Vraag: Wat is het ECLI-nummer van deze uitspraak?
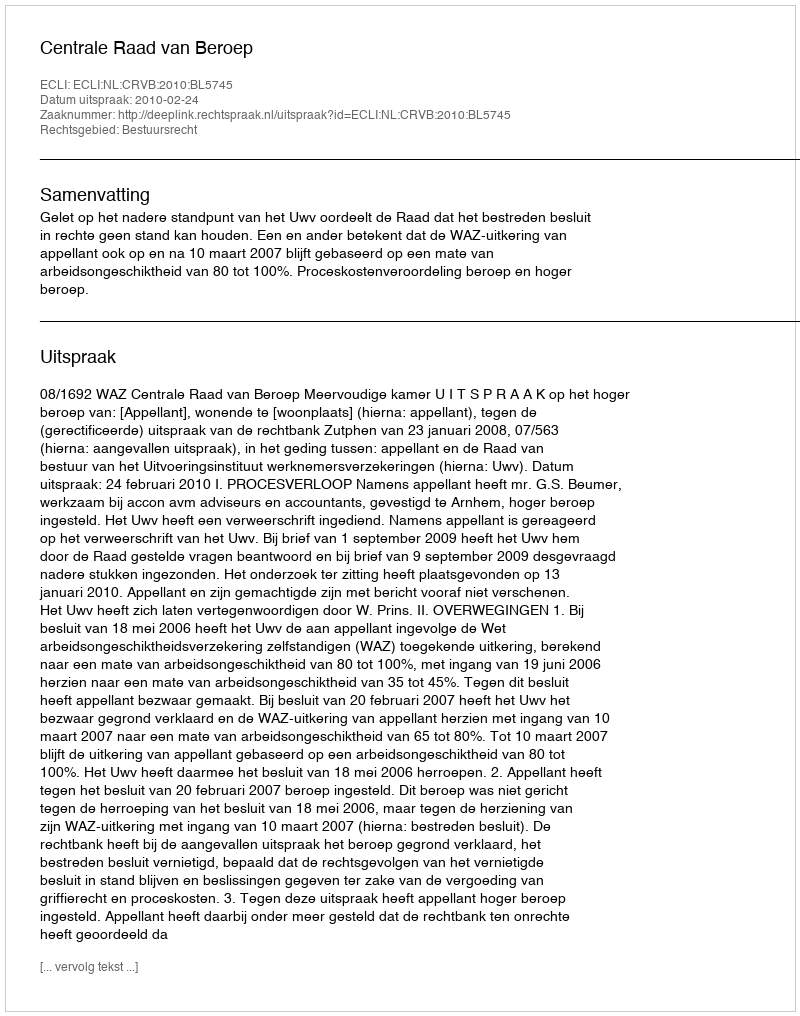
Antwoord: ECLI:NL:CRVB:2010:BL5745